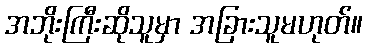
အဘိုးကြီးဆိုသူမှာ အခြားသူမဟုတ်။